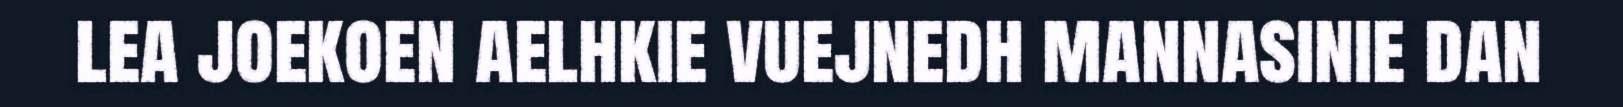
lea joekoen aelhkie vuejnedh mannasinie dan